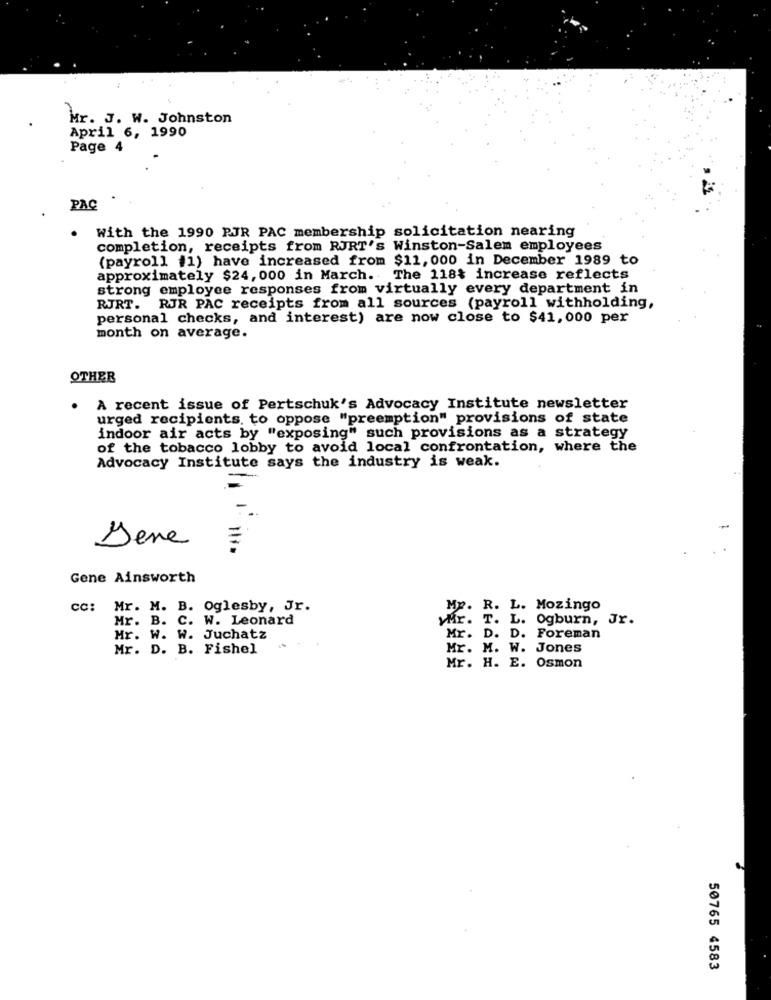
Mr. J. W. Johnston
April 6, 1990
Page 4
PAC
With the 1990 PJR PAC membership solicitation nearing
.
completion, receipts from RJRT's Winston-Salem employees
(payroll #1) have increased from $11,000 in December 1989 to
approximately $24, 000 in March. The 118% increase reflects
strong employee responses from virtually every department in
RJRT. RJR PAC receipts from all sources (payroll withholding,
personal checks, and interest) are now close to $41,000 per
month on average.
OTHER
. A recent issue of Pertschuk's Advocacy Institute newsletter
urged recipients, to oppose "preemption" provisions of state
indoor air acts by "exposing" such provisions as a strategy
of the tobacco lobby to avoid local confrontation, where the
Advocacy Institute says the industry is weak.
-
Jene
Gene Ainsworth
cc: Mr. M. B. Oglesby, Jr.
MP. R. L. Mozingo
Mr. B. C. W. Leonard
yMr. T. L. Ogburn, Jr.
Mr. W. W. Juchatz
Mr. D. D. Foreman
Mr. D. B. Fishel
Mr. M. W. Jones
Mr. H. E. Osmon
50765 4583